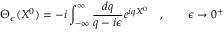
\Theta _ { \epsilon } ( X ^ { 0 } ) = - i \int _ { - \infty } ^ { \infty } \frac { d q } { q - i \epsilon } e ^ { i q X ^ { 0 } } \quad , \qquad \epsilon \rightarrow 0 ^ { + }